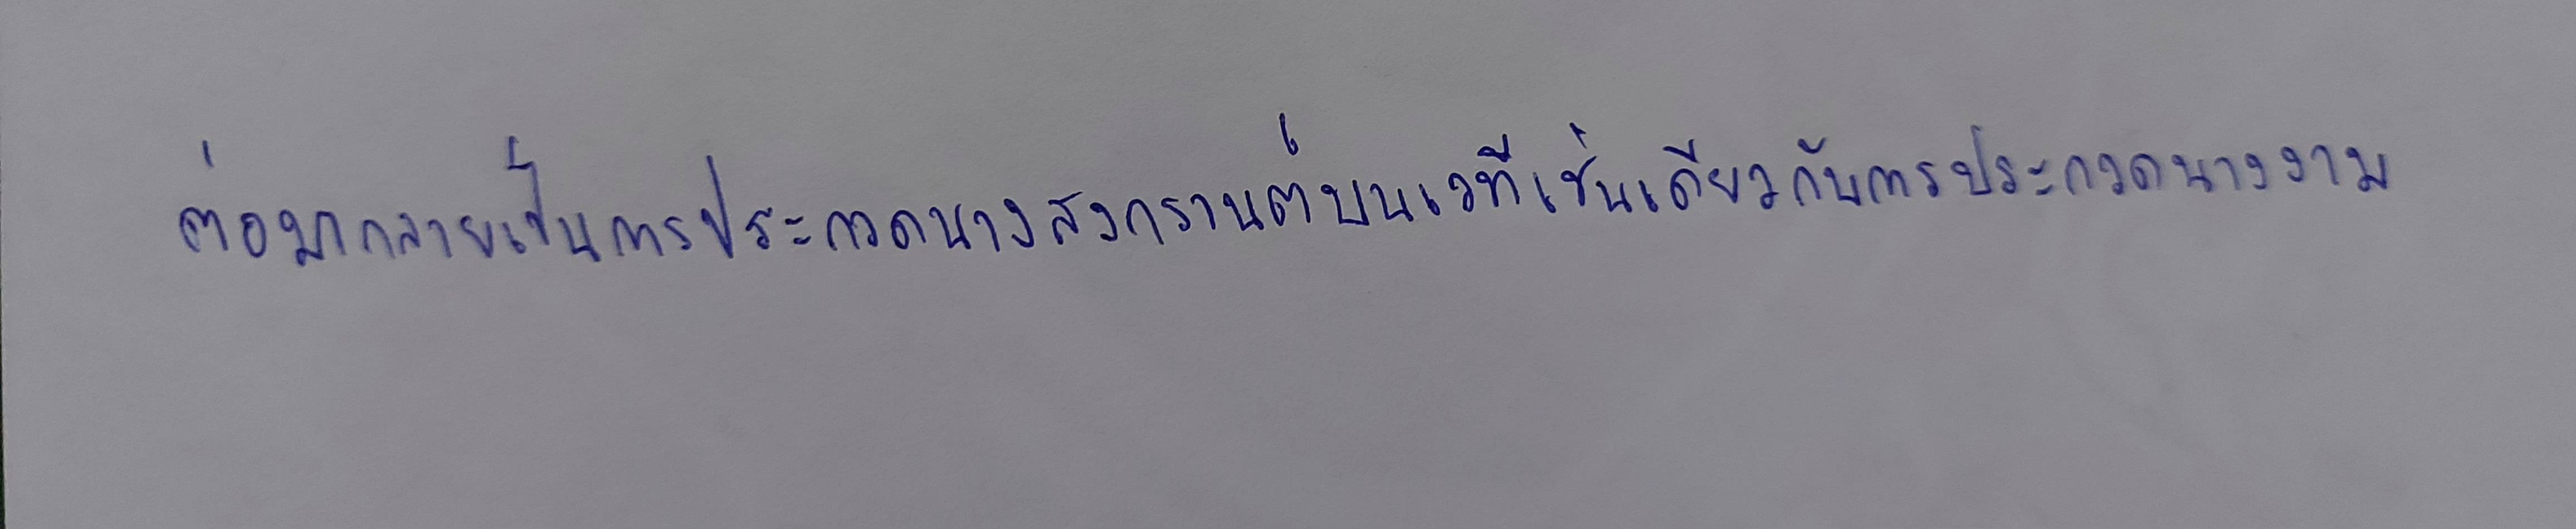
ต่อมากลายเป็นการประกวดนางสงกรานต์บนเวทีเช่นเดียวกับการประกวดนางงาม